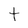
Character: t